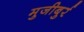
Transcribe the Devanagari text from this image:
मुजीबुर्र